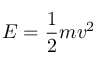
E = \frac { 1 } { 2 } m v ^ { 2 }